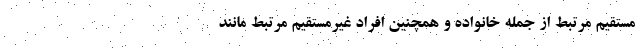
مستقیم مرتبط از جمله خانواده و همچنین افراد غیرمستقیم مرتبط مانند